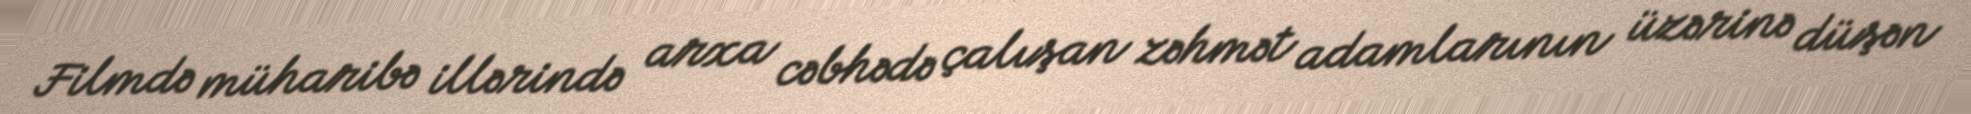
Filmdə müharibə illərində arxa cəbhədə çalışan zəhmət adamlarının üzərinə düşən